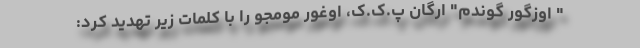
" اوزگور گوندم" ارگان پ.ک.ک، اوغور مومجو را با کلمات زیر تهدید کرد: